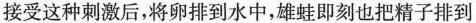
抱对，雌蛙接受这种刺激后，将卵排到水中，雄蛙即刻也把精子排到